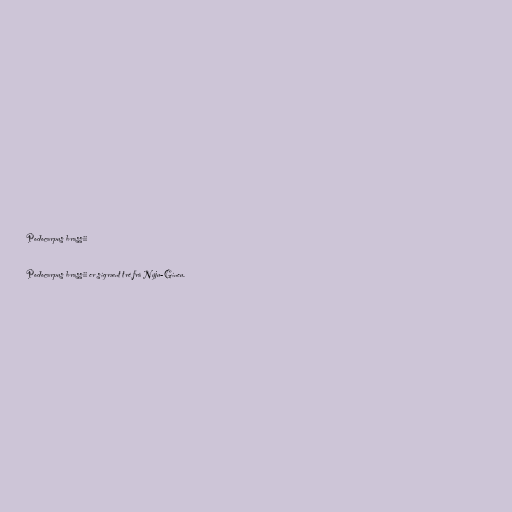
Podocarpus brassii

Podocarpus brassii er sígrænt tré frá Nýju-Gíneu.